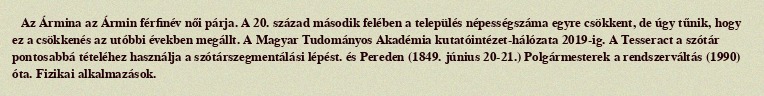
Az Ármina az Ármin férfinév női párja. A 20. század második felében a település népességszáma egyre csökkent, de úgy tűnik, hogy ez a csökkenés az utóbbi években megállt. A Magyar Tudományos Akadémia kutatóintézet-hálózata 2019-ig. A Tesseract a szótár pontosabbá tételéhez használja a szótárszegmentálási lépést. és Pereden (1849. június 20-21.) Polgármesterek a rendszerváltás (1990) óta. Fizikai alkalmazások.